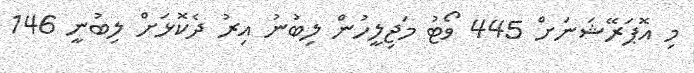
މި އޮޕަރޭޝަނަށް 445 ވޯޓު މަޖިލީހުން ލިބުނު އިރު ދެކޮޅަށް ލިބުނީ 146